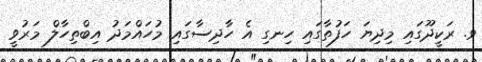
ވ. ރަކީދޫގައި މިދިޔަ ހަފުތާގައި ހިނގި އެ ހާދިސާގައި މުހައްމަދު އިބްތިހާލް މަރުވީ